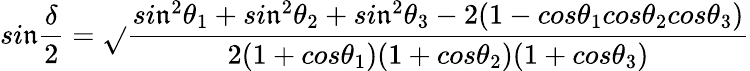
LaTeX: si\mathfrak{n}\frac{{\delta}}{{2}}=\sqrt{}{{\frac{{si\mathfrak{n}^{2}\theta_{1}+si\mathfrak{n}^{2}\theta_{2}+si\mathfrak{n}^{2}\theta_{3}-2(1-cos\theta_{1}cos\theta_{2}cos\theta_{3})}}{{2(1+cos\theta_{1})(1+cos\theta_{2})(1+cos\theta_{3})}}}}